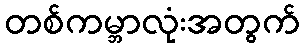
တစ်ကမ္ဘာလုံးအတွက်